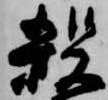
殺